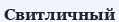
Свитличный